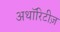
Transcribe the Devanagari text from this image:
अथॉरिटीज़